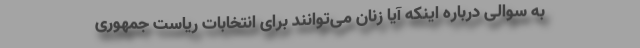
به سوالی درباره اینکه آیا زنان می‌توانند برای انتخابات ریاست جمهوری